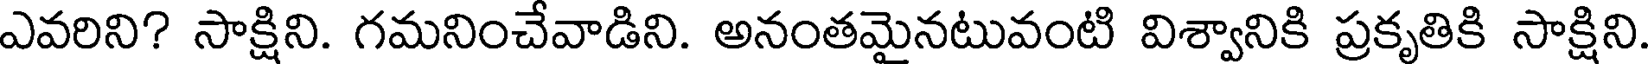
ఎవరిని? సాక్షిని. గమనించేవాడిని. అనంతమైనటువంటి విశ్వానికి ప్రకృతికి సాక్షిని